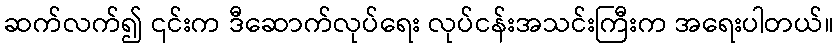
ဆက်လက်၍ ၎င်းက ဒီဆောက်လုပ်ရေး လုပ်ငန်းအသင်းကြီးက အရေးပါတယ်။